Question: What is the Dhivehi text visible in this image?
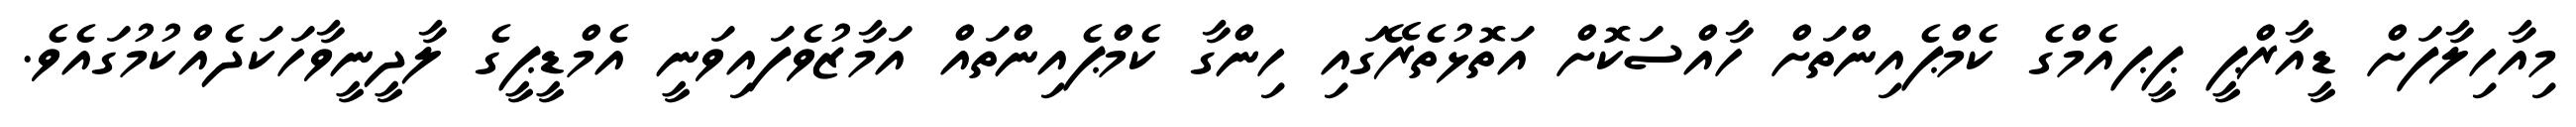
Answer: މިއާހިލާފަށް ޑީއާރްޕީ ޕީޕއެމްގެ ކެމްޕެއިންތަށް ހާއްސަކޮށް އަތޮޅުތެރޭގައި ހިންގާ ކެމްޕެއިންތައް އަމާޒުވެފައިވަނީ އެމްޑީޕީގެ ލާދީނީވާހަކަދެއްކުމުގައެވެ.